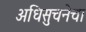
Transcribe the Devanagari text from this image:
अधिसुचनेचा